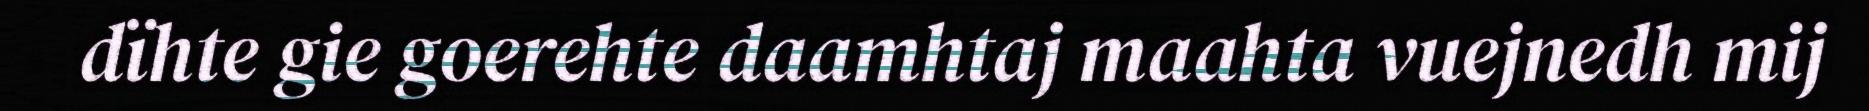
dïhte gie goerehte daamhtaj maahta vuejnedh mij